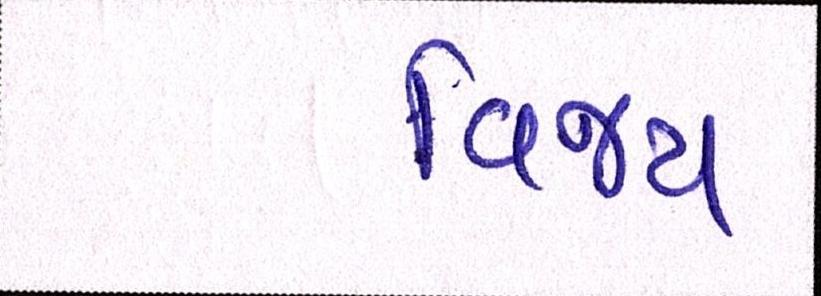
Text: વિજય